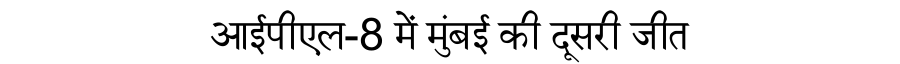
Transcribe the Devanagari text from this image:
आईपीएल-8 में मुंबई की दूसरी जीत